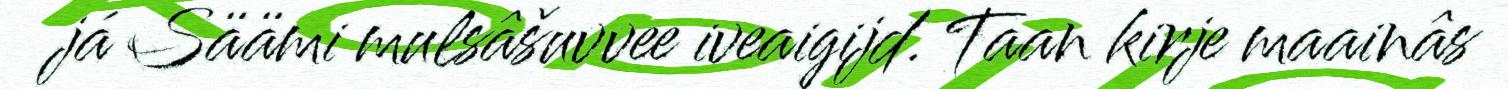
já Säämi mulsâšuvvee iveaigijd. Taan kirje maainâs